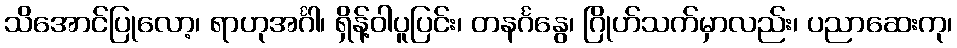
သိအောင်ပြုလော့၊ ရာဟုအင်္ဂါ၊ ရှိန့်ဝါပူပြင်း၊ တနင်္ဂနွေ၊ ဂြိုဟ်သက်မှာလည်း၊ ပညာဆေးကု၊